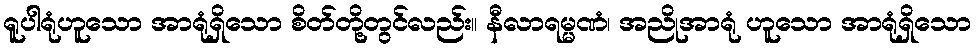
ရူပါရုံဟူသော အာရုံရှိသော စိတ်တို့တွင်လည်း။ နီလာရမ္မဏံ၊ အညိုအာရုံ ဟူသော အာရုံရှိသော